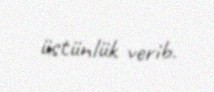
üstünlük verib.